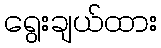
ရွေးချယ်ထား